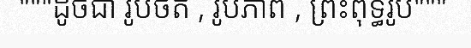
"""ដូចជា រូបថត , រូបភាព , ព្រះពុទ្ធរូប"""